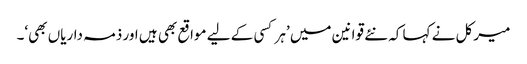
میرکل نے کہا کہ نئے قوانین میں ’ہر کسی کے لیے مواقع بھی ہیں اور ذمہ داریاں بھی‘۔